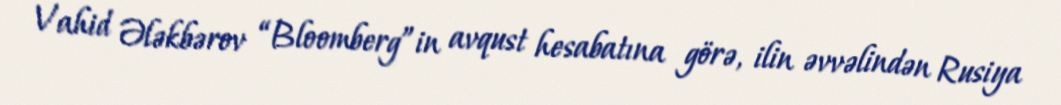
Vahid Ələkbərov “Bloomberg”in avqust hesabatına görə, ilin əvvəlindən Rusiya